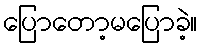
ပြောတော့မပြောခဲ့။